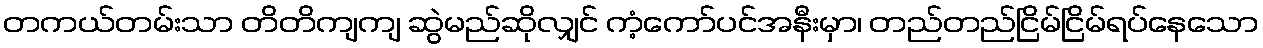
တကယ်တမ်းသာ တိတိကျကျ ဆွဲမည်ဆိုလျှင် ကံ့ကော်ပင်အနီးမှာ၊ တည်တည်ငြိမ်ငြိမ်ရပ်နေသော